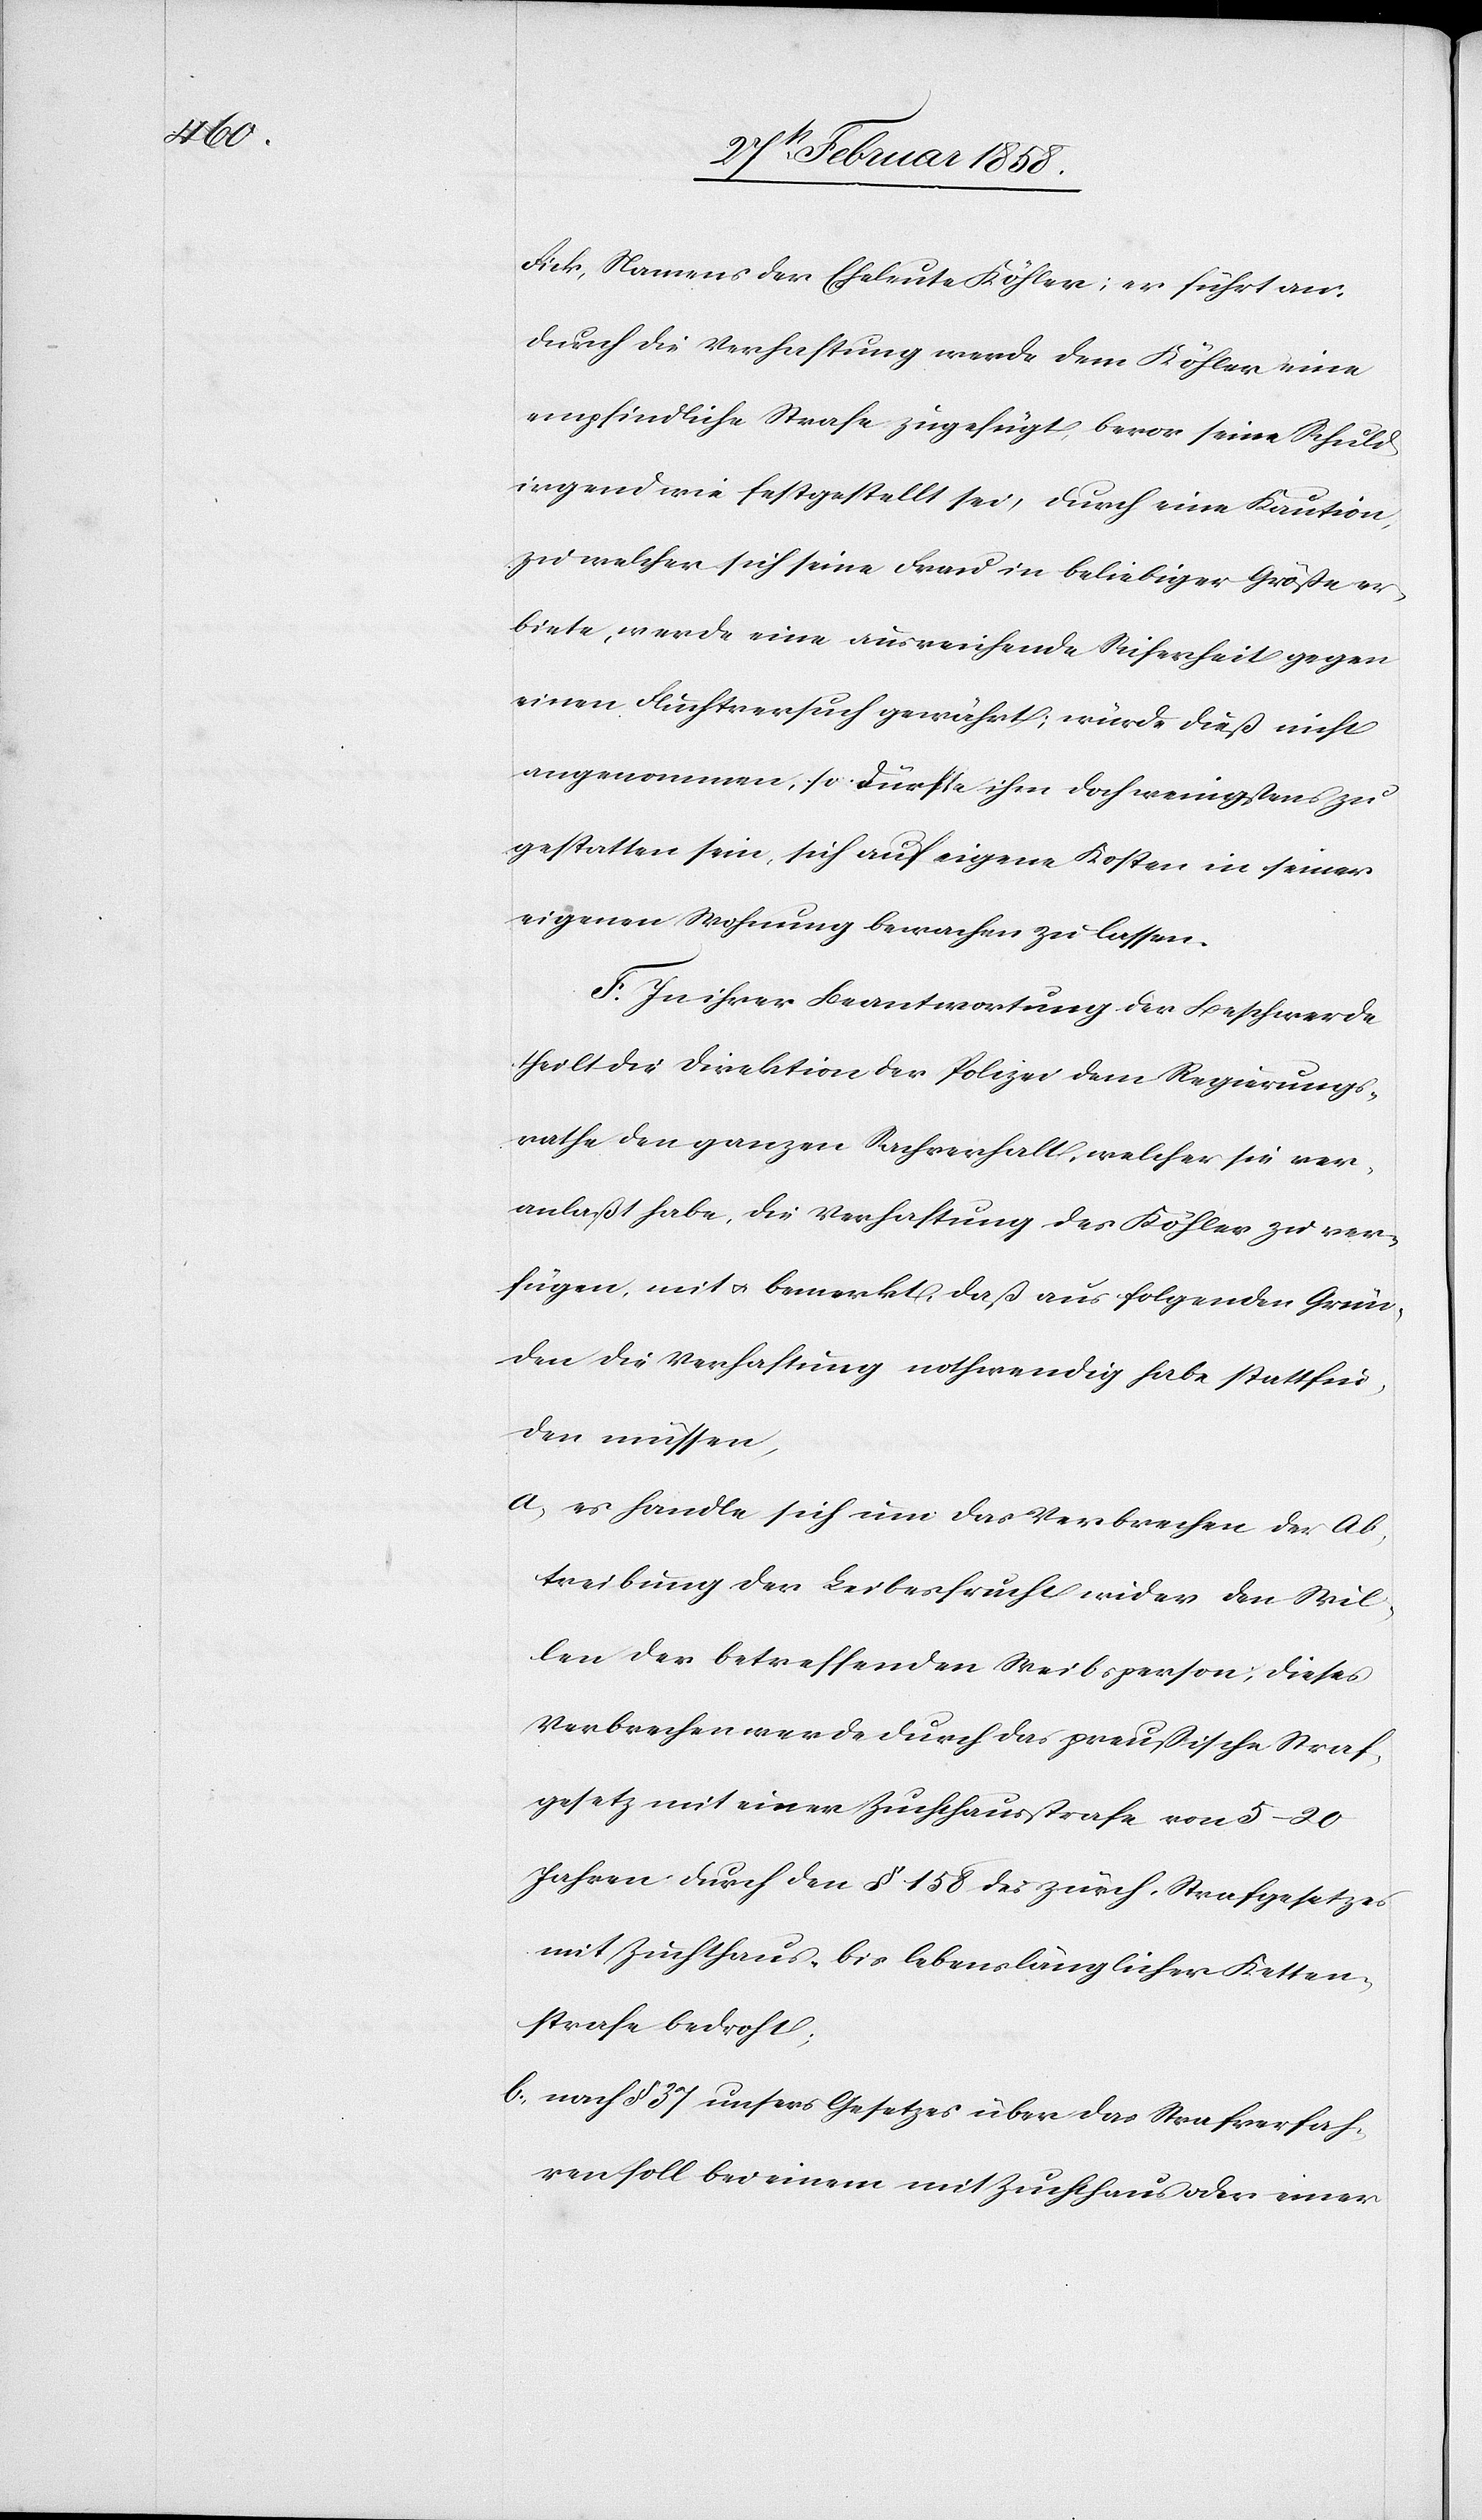
Fick, Namens der Eheleute Köhler; er führt an,
durch die Verhaftung werde dem Köhler eine
empfindliche Strafe zugefügt, bevor seine Schuld
irgend wie festgestellt sei, durch eine Kaution,
zu welcher sich seine Frau in beliebiger Größe er¬
biete, werde eine ausreichende Sicherheit gegen
einen Fluchtversuch gewährt; würde dieß nicht
angenommen, so dürfte ihm doch wenigstens zu
gestatten sein, sich auf eigene Kosten in seiner
eigenen Wohnung bewachen zu lassen.
F. In ihrer Beantwortung der Beschwerde
theilt die Direktion der Polizei dem Regierungs¬
rathe den ganzen Sachverhalt, welcher sie ver¬
anlaßt habe, die Verhaftung des Köhler zu ver¬
fügen, mit u. bemerkt, daß aus folgenden Grün¬
den die Verhaftung nothwendig habe stattfin¬
den müssen,
a. es handle sich um das Verbrechen der Ab¬
treibung der Leibesfrucht wider den Wil¬
len der betreffenden Weibsperson, dieses
Verbrechen werde durch das preußische Straf¬
gesetz mit einer Zuchthausstrafe von 5–20
Jahren durch den § 158 des zürch. Strafgesetzes
mit Zuchthaus- bis lebenslänglicher Ketten¬
strafe bedroht;
b. nach § 37 unsers Gesetzes über das Strafverfah¬
ren soll bei einem mit Zuchthaus oder einer